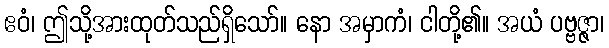
ဧဝံ၊ ဤသို့အားထုတ်သည်ရှိသော်။ နော အမှာကံ၊ ငါတို့၏။ အယံ ပဗ္ဗဇ္ဇာ၊